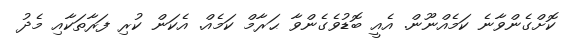
ކޮށްގެންވާނެ ކަމެއްނޫން. އެއީ ބޮޑުވެގެންވާ ޙަރާމް ކަމެއް. އެކަން ކުރި ފަރާތަކާއި މެދު